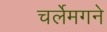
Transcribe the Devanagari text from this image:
चर्लेमगने